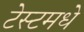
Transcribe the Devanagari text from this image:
टेस्टमधे